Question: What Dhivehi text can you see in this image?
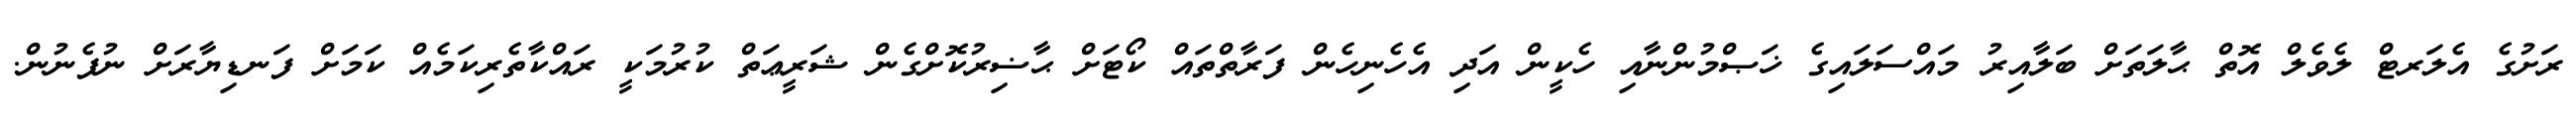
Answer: ރަށުގެ އެލަރޓް ލެވެލް އޮތް ޙާލަތަށް ބަލާއިރު މައްސަލައިގެ ޚަޞްމުންނާއި ހެކީން އަދި އެހެނިހެން ފަރާތްތައް ކޯޓަށް ޙާޟިރުކޮށްގެން ޝަރީޢަތް ކުރުމަކީ ރައްކާތެރިކަމެއް ކަމަށް ފަނޑިޔާރަށް ނުފެނުން.